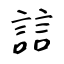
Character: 誩